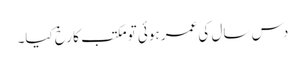
دس سال کی عمر ہوئی تو مکتب کا رخ کیا۔